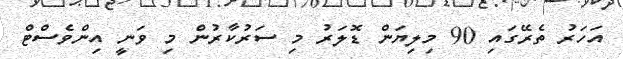
އަހަރު ތެރޭގައި 90 މިލިޔަން ޑޮލަރު މި ސަރުކާރުން މި ވަނީ އިންވެސްޓް